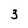
Character: 3